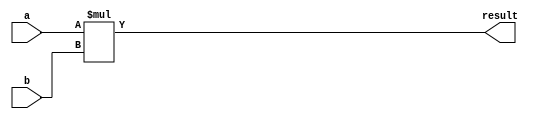
module multiplier(
    input [15:0] a,
    input [15:0] b,
    output reg [31:0] result
);

always @(*) begin
    result = a * b;
end

endmodule